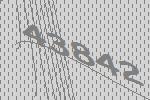
43842